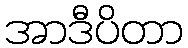
အာဒီပိတာ